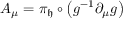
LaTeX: A _ { \mu } = \pi _ { \mathfrak { h } } \circ \left( g ^ { - 1 } \partial _ { \mu } g \right)